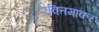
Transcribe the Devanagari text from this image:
रक्तिमाकर